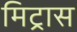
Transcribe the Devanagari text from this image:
मिट्रास